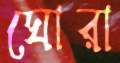
ঘোরা